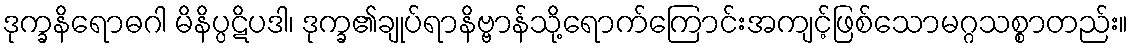
ဒုက္ခနိရောဓဂါ မိနိပ္ပဋိပဒါ၊ ဒုက္ခ၏ချုပ်ရာနိဗ္ဗာန်သို့ရောက်ကြောင်းအကျင့်ဖြစ်သောမဂ္ဂသစ္စာတည်း။